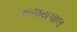
અજયપાલ